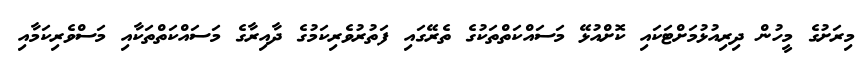
މިރަށުގެ މީހުން ދިރިއުޅުމަށްޓަކައި ކޮށްއުޅޭ މަސައްކަތްތަކުގެ ތެރޭގައި ފަތުރުވެރިކަމުގެ ދާއިރާގެ މަސައްކަތްތަކާއި މަސްވެރިކަމާއި